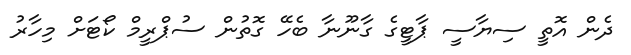
ދެން އޮތީ ސިޔާސީ ޕާޓީގެ ގާނޫނާ ބެހޭ ގޮތުން ސުޕްރީމް ކޯޓަށް މިހާރު